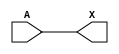
/*
 * Copyright 2020 The SkyWater PDK Authors
 *
 * Licensed under the Apache License, Version 2.0 (the "License");
 * you may not use this file except in compliance with the License.
 * You may obtain a copy of the License at
 *
 *     https://www.apache.org/licenses/LICENSE-2.0
 *
 * Unless required by applicable law or agreed to in writing, software
 * distributed under the License is distributed on an "AS IS" BASIS,
 * WITHOUT WARRANTIES OR CONDITIONS OF ANY KIND, either express or implied.
 * See the License for the specific language governing permissions and
 * limitations under the License.
 *
 * SPDX-License-Identifier: Apache-2.0
*/


`ifndef SKY130_FD_SC_HD__LPFLOW_LSBUF_LH_ISOWELL_BEHAVIORAL_V
`define SKY130_FD_SC_HD__LPFLOW_LSBUF_LH_ISOWELL_BEHAVIORAL_V

/**
 * lpflow_lsbuf_lh_isowell: Level-shift buffer, low-to-high, isolated
 *                          well on input buffer, no taps,
 *                          double-row-height cell.
 *
 * Verilog simulation functional model.
 */

`timescale 1ns / 1ps
`default_nettype none

`celldefine
module sky130_fd_sc_hd__lpflow_lsbuf_lh_isowell (
    X,
    A
);

    // Module ports
    output X;
    input  A;

    // Module supplies
    supply1 VPWR;
    supply0 VGND;
    supply1 VPB ;
    supply0 VNB ;

    //  Name  Output  Other arguments
    buf buf0 (X     , A              );

endmodule
`endcelldefine

`default_nettype wire
`endif  // SKY130_FD_SC_HD__LPFLOW_LSBUF_LH_ISOWELL_BEHAVIORAL_V